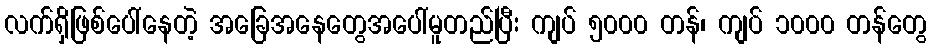
လက်ရှိဖြစ်ပေါ်နေတဲ့ အခြေအနေတွေအပေါ်မူတည်ပြီး ကျပ် ၅၀၀၀ တန်၊ ကျပ် ၁၀၀၀ တန်တွေ